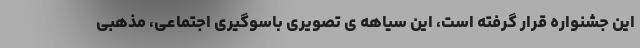
این جشنواره قرار گرفته است، این سیاهه ی تصویری باسوگیری اجتماعی، مذهبی